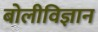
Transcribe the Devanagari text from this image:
बोलीविज्ञान